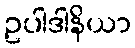
ဥပါဒါနိယာ